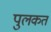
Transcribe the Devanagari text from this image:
पुलकत